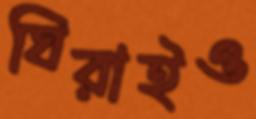
ঘিরাইও